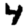
Digit: 4